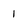
Character: 1